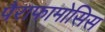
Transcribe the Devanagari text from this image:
पैराफामोसिस